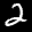
Label: 2